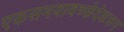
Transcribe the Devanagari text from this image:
एकसमयावच्छेदेकरून